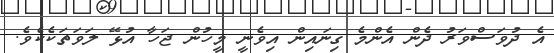
އެ ދުވަސްވަރު ދެން އެންމެ ގިނައިން އިވެނީ މީހުން ޖަހާ އުޅޭ ލަވަތަކެކެވެ.